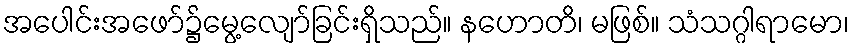
အပေါင်းအဖော်၌မွေ့လျော်ခြင်းရှိသည်။ နဟောတိ၊ မဖြစ်။ သံသဂ္ဂါရာမော၊